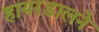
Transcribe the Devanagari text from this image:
हायरडालने